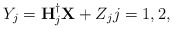
\begin{align*}Y_j=\mathbf{H}_j^{\dagger}\mathbf{X}+Z_j j=1,2,\end{align*}